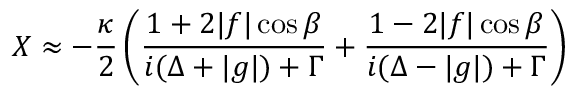
X \approx - \frac { \kappa } { 2 } \left( \frac { 1 + 2 | f | \cos \beta } { i ( \Delta + | g | ) + \Gamma } + \frac { 1 - 2 | f | \cos \beta } { i ( \Delta - | g | ) + \Gamma } \right)